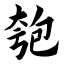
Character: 匏